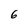
Character: 6